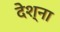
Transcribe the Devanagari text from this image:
देश्ना